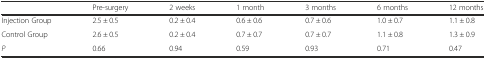
<table><thead><tr><td></td><td><b>Pre-surgery</b></td><td><b>2 weeks</b></td><td><b>1 month</b></td><td><b>3 months</b></td><td><b>6 months</b></td><td><b>12 months</b></td></tr></thead><tbody><tr><td>Injection Group</td><td>2.5 ± 0.5</td><td>0.2 ± 0.4</td><td>0.6 ± 0.6</td><td>0.7 ± 0.6</td><td>1.0 ± 0.7</td><td>1.1 ± 0.8</td></tr><tr><td>Control Group</td><td>2.6 ± 0.5</td><td>0.2 ± 0.4</td><td>0.7 ± 0.7</td><td>0.7 ± 0.7</td><td>1.1 ± 0.8</td><td>1.3 ± 0.9</td></tr><tr><td><i>P</i></td><td>0.66</td><td>0.94</td><td>0.59</td><td>0.93</td><td>0.71</td><td>0.47</td></tr></tbody></table>